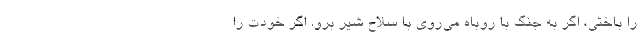
را باختی، اگر به جنگ با روباه می‌روی با سلاح شیر برو. اگر خودت را